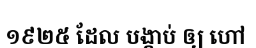
១៩២៥ ដែល បង្គាប់ ឲ្យ ហៅ